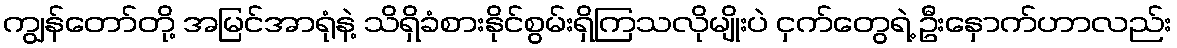
ကျွန်တော်တို့ အမြင်အာရုံနဲ့ သိရှိခံစားနိုင်စွမ်းရှိကြသလိုမျိုးပဲ ငှက်တွေရဲ့ ဦးနှောက်ဟာလည်း